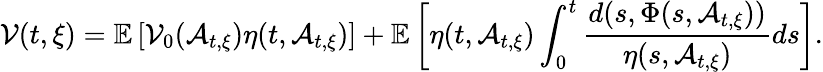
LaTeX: \mathcal{V}(t,\xi)=\mathbb{E}\left[\mathcal{V}_{0}(\mathcal{A}_{t,\xi})\eta(t,\mathcal{A}_{t,\xi})\right]+\mathbb{E}\left[\eta(t,\mathcal{A}_{t,\xi})\int_{0}^{t}\frac{d(s,\Phi(s,\mathcal{A}_{t,\xi}))}{\eta(s,\mathcal{A}_{t,\xi})}ds\right].